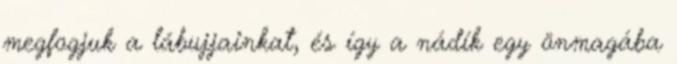
megfogjuk a lábujjainkat, és így a nádík egy önmagába